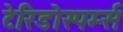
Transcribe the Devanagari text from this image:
टेरिडोस्पर्म्स